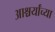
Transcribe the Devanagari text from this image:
आश्चर्यांच्या